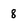
Character: 8